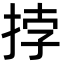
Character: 挬